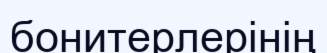
бонитерлерінің